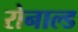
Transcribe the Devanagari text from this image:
रोनाल्‍ड